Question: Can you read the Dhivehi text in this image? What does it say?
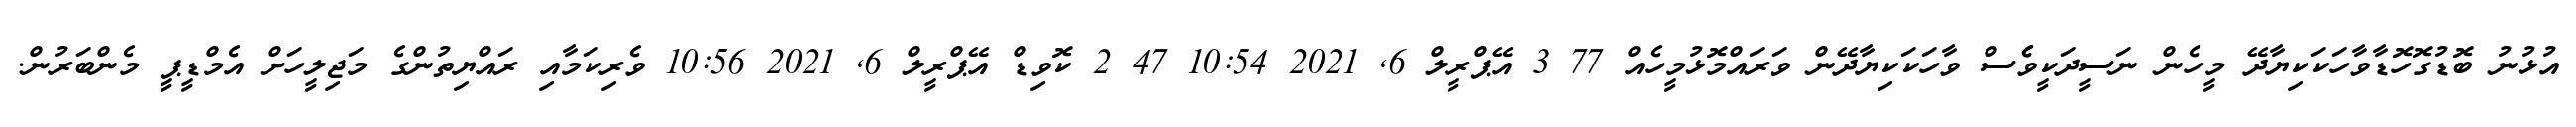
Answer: އުޅުނު ބޮޑުގޮހޮޑާވާހަކަކިޔާދޭ މީހެން ނަސީދަކީވެެސް ވާހަކަކިޔާދޭން ވަރައްމޮޅުމީހެއް 77 3 އޭޕްރީލް 6, 2021 10:54 47 2 ކޮވިޑް އޭޕްރީލް 6, 2021 10:56 ވެރިކަމާއި ރައްޔިތުންގެ މަޖިލީހަށް އެމްޑީޕީ މެންބަރުން.